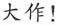
大作！